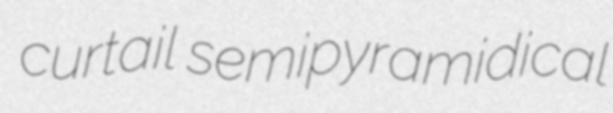
curtail semipyramidical